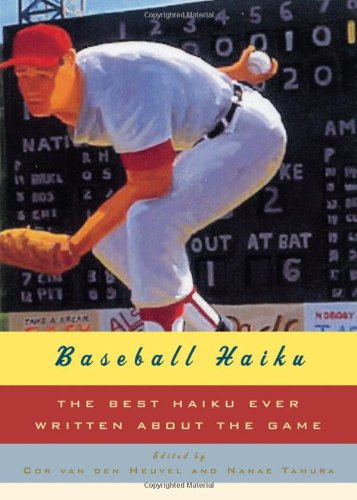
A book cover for Baseball Haiku: The Best Haiku Ever Written about the Game; Literature & Fiction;